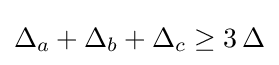
\Delta _{a}+\Delta _{b}+\Delta _{c}\geq 3\,\Delta